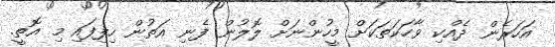
އަހަރެން ދެއްކި ވާހަކަތަކަށް މީހުންނަށް ލޮލުން ފެނި އަތުން ހިފިފައި މި އޮތީ.